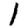
Digit: 1